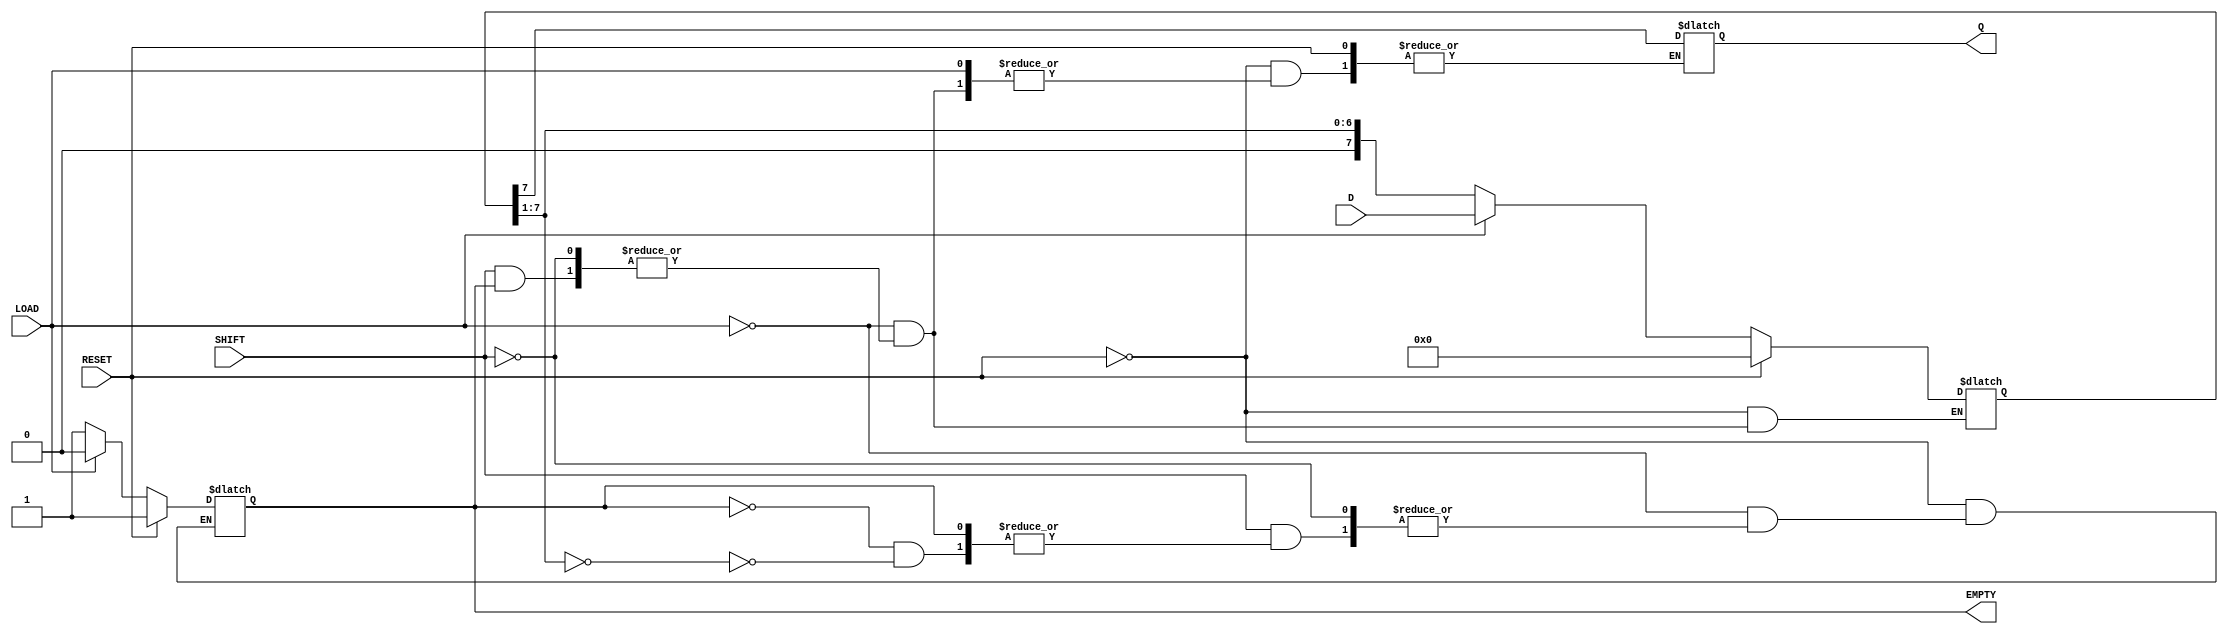
module PISO_Register #(parameter n = 8) (
    input wire [n-1:0] D,      // Parallel data inputs
    input wire LOAD,           // Load control signal
    input wire SHIFT,          // Shift control signal
    output reg Q,              // Serial output
    output reg EMPTY,          // Empty flag
    input wire RESET           // Asynchronous reset signal
);

    reg [n-1:0] shift_reg;     // Internal shift register

    // Asynchronous reset and data loading
    always @(*) begin
        if (RESET) begin
            shift_reg <= 0;    // Clear the register on reset
            EMPTY <= 1;        // Set EMPTY flag
        end
        else if (LOAD) begin
            shift_reg <= D;    // Load data into the shift register
            EMPTY <= 0;        // Clear EMPTY flag when data is loaded
        end
        else if (SHIFT) begin
            if (!EMPTY) begin
                Q <= shift_reg[n-1]; // Output the MSB
                shift_reg <= {1'b0, shift_reg[n-1:1]}; // Shift right
                if (shift_reg[n-1:1] == 0)
                    EMPTY <= 1; // Set EMPTY flag if all bits are shifted out
            end
        end
    end

endmodule